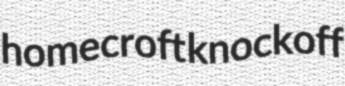
homecroft knockoff